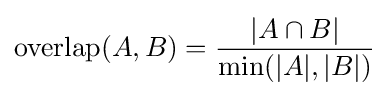
\operatorname {overlap} (A,B)={\frac {|A\cap B|}{\min(|A|,|B|)}}